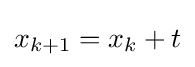
x_{k+1}=x_{k}+t